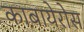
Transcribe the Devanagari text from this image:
काबायेरोस